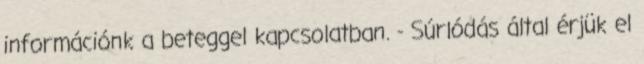
információnk a beteggel kapcsolatban. - Súrlódás által érjük el